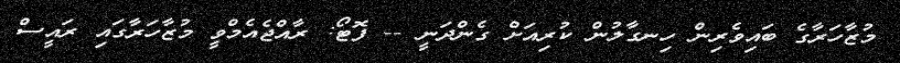
މުޒާހަރާގެ ބައިވެރިން ހިނގާލުން ކުރިއަށް ގެންދަނީ -- ފޮޓޯ: ރާއްޖެއެމްވީ މުޒާހަރާގައި ރައީސް